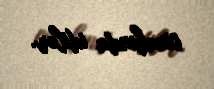
cinahında idilər.